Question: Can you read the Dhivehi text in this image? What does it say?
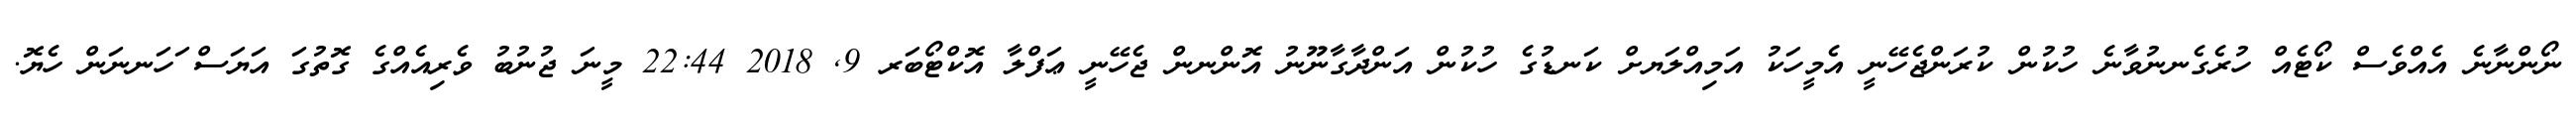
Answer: ނޯންނާނެ އެއްވެސް ކޯޓެއް ހުރެގެނނުވާނެ ހުކުން ކުރަންޖެހޭނީ އެމީހަކު އަމިއްލަޔށް ކަނޑުގެ ހުކުން އަންދާގާނޫނު އޮންނން ޖެހޭނީ ޢަފްލާ އޮކްޓޯބަރ 9, 2018 22:44 މީނަ ޖުނުބު ވެރިއެއްގެ ގޮތުގަ އަޔަސް ަހަނނަން ހެޔޮ.